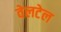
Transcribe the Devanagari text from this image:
वेलटेल